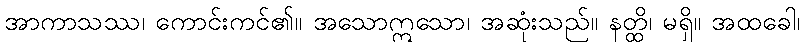
အာကာသဿ၊ ကောင်းကင်၏။ အသောဣသော၊ အဆုံးသည်။ နတ္ထိ၊ မရှိ။ အထခေါ၊